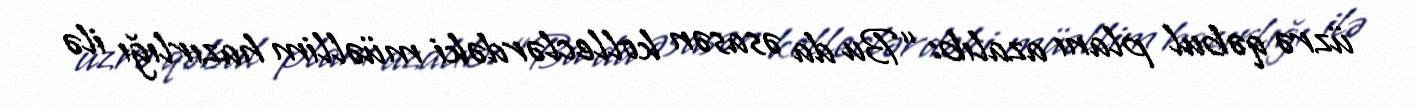
üzrə qəbul planı azalıb: “Bu da əsasən kolleclərdəki müəllim hazırlığı ilə